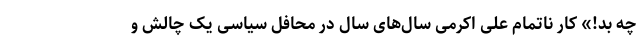
چه بد!» کار ناتمام علی اکرمی سال‌های سال در محافل سیاسی یک چالش و